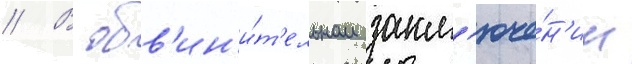
// В обв'ин'и́т'ельном закл'юче́н'ии